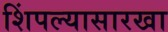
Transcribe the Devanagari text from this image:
शिंपल्यासारखा